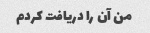
من آن را دریافت کردم